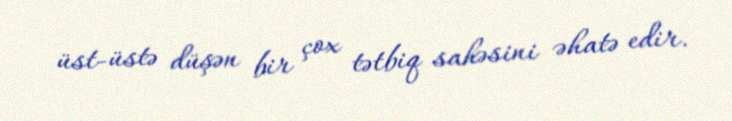
üst-üstə düşən bir çox tətbiq sahəsini əhatə edir.